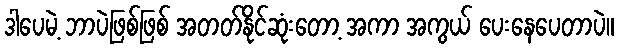
ဒါပေမဲ့ ဘာပဲဖြစ်ဖြစ် အတတ်နိုင်ဆုံးတော့ အကာ အကွယ် ပေးနေပေတာပဲ။